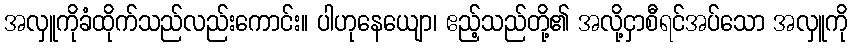
အလှူကိုခံထိုက်သည်လည်းကောင်း။ ပါဟုနေယျော၊ ဧည့်သည်တို့၏ အလို့ငှာစီရင်အပ်သော အလှူကို